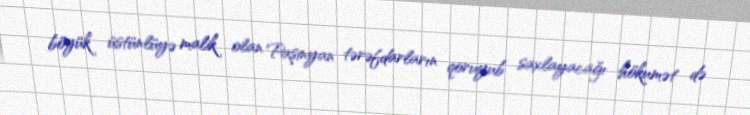
böyük üstünlüyə malik olan Paşinyan tərəfdarların qoruyub saxlayacağı hökumət də